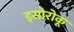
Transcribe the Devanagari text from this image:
इसोरोकू